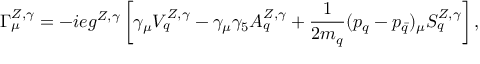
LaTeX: \Gamma _ { \mu } ^ { Z , \gamma } = - i e g ^ { Z , \gamma } \left[ \gamma _ { \mu } V _ { q } ^ { Z , \gamma } - \gamma _ { \mu } \gamma _ { 5 } A _ { q } ^ { Z , \gamma } + \frac { 1 } { 2 m _ { q } } ( p _ { q } - p _ { \bar { q } } ) _ { \mu } S _ { q } ^ { Z , \gamma } \right] ,